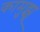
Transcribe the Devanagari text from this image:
कामुझू